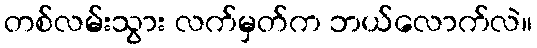
တစ်လမ်းသွား လက်မှတ်က ဘယ်လောက်လဲ။